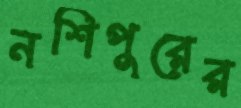
নশিপুরের